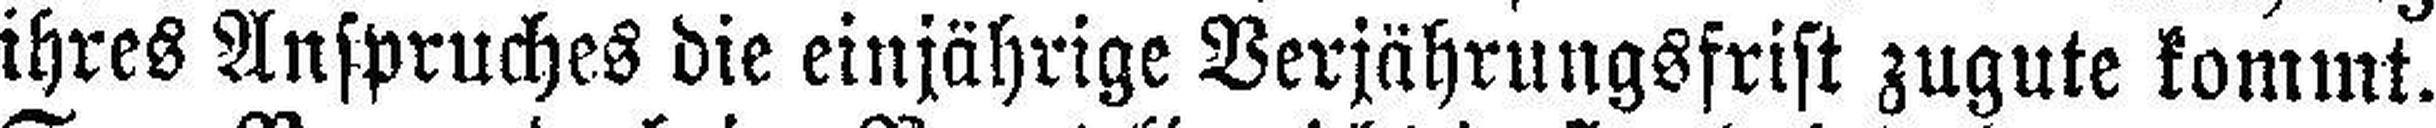
ihres Anspruches die einjährige Verjährungsfrist zugute kommt.